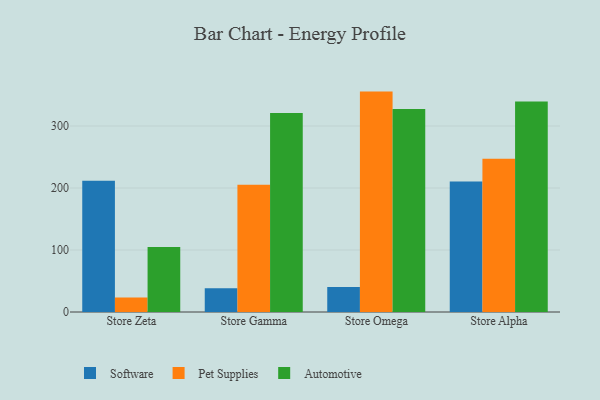
{"axis": {"x": "Store", "y": "LTV (USD)"}, "legend": ["Automotive", "Pet Supplies", "Software"], "data": [{"x": "Store Zeta", "y": 211.9, "type": "Software"}, {"x": "Store Zeta", "y": 23.5, "type": "Pet Supplies"}, {"x": "Store Zeta", "y": 104.8, "type": "Automotive"}, {"x": "Store Gamma", "y": 38.3, "type": "Software"}, {"x": "Store Gamma", "y": 205.2, "type": "Pet Supplies"}, {"x": "Store Gamma", "y": 321.1, "type": "Automotive"}, {"x": "Store Omega", "y": 40.3, "type": "Software"}, {"x": "Store Omega", "y": 355.5, "type": "Pet Supplies"}, {"x": "Store Omega", "y": 327.4, "type": "Automotive"}, {"x": "Store Alpha", "y": 210.5, "type": "Software"}, {"x": "Store Alpha", "y": 247.1, "type": "Pet Supplies"}, {"x": "Store Alpha", "y": 339.6, "type": "Automotive"}]}